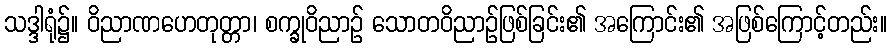
သဒ္ဒါရုံ၌။ ဝိညာဏဟေတုတ္တာ၊ စက္ခုဝိညာဉ် သောတဝိညာဉ်ဖြစ်ခြင်း၏ အကြောင်း၏ အဖြစ်ကြောင့်တည်း။